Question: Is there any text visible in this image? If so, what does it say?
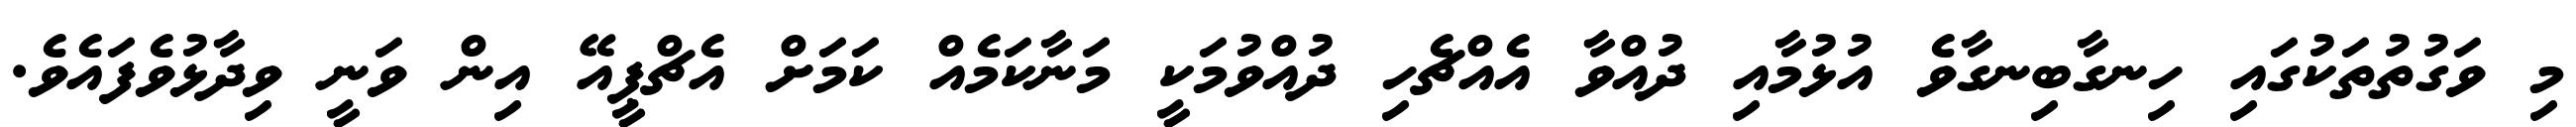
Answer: މި ވަގުތުތަކުގައި ހިނގާބިނގާވެ އުޅުމާއި ދުއްވާ އެއްޗެހި ދުއްވުމަކީ މަނާކަމެއް ކަމަށް އެޗްޕީއޭ އިން ވަނީ ވިދާޅުވެފައެވެ.